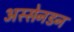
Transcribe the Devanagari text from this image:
अस्सेनडन